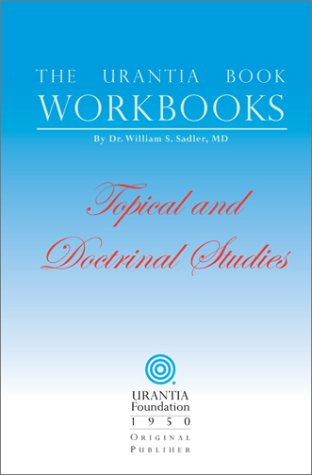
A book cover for The Urantia Book Workbooks: Volume III - Topical and Doctrinal Study; Religion & Spirituality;